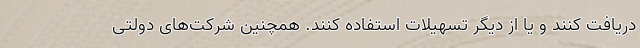
دریافت کنند و یا از دیگر تسهیلات استفاده کنند. همچنین شرکت‌های دولتی